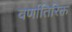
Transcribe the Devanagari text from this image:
वर्णातिरिक्त